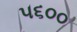
૫૬૦૦